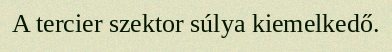
A tercier szektor súlya kiemelkedő.